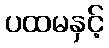
ပထမနှင့်